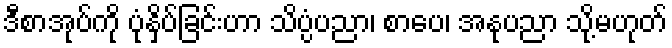
ဒီစာအုပ်ကို ပုံနှိပ်ခြင်းဟာ သိပ္ပံပညာ၊ စာပေ၊ အနုပညာ သို့မဟုတ်